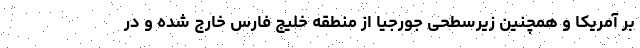
بر آمریکا و همچنین زیرسطحی جورجیا از منطقه خلیج فارس خارج شده و در